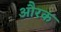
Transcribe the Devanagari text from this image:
औरक